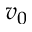
v _ { 0 }